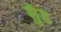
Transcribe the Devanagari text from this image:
शुँड